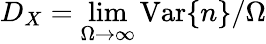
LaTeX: D_{X}=\operatorname*{lim}_{\Omega\to\infty}\mathrm{Var}\{ n\} /\Omega